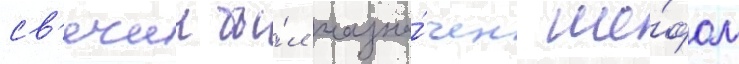
св'ечин бы́л назна́чен ше́фом